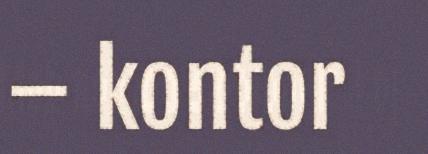
– kontor